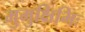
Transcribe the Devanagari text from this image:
मुमुक्षिभिः